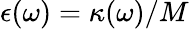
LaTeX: \epsilon(\omega)=\kappa(\omega)/M